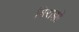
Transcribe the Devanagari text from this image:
मिराझी